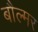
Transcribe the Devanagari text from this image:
बौल्मर